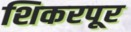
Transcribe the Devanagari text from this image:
शिकरपूर